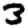
Digit: 3